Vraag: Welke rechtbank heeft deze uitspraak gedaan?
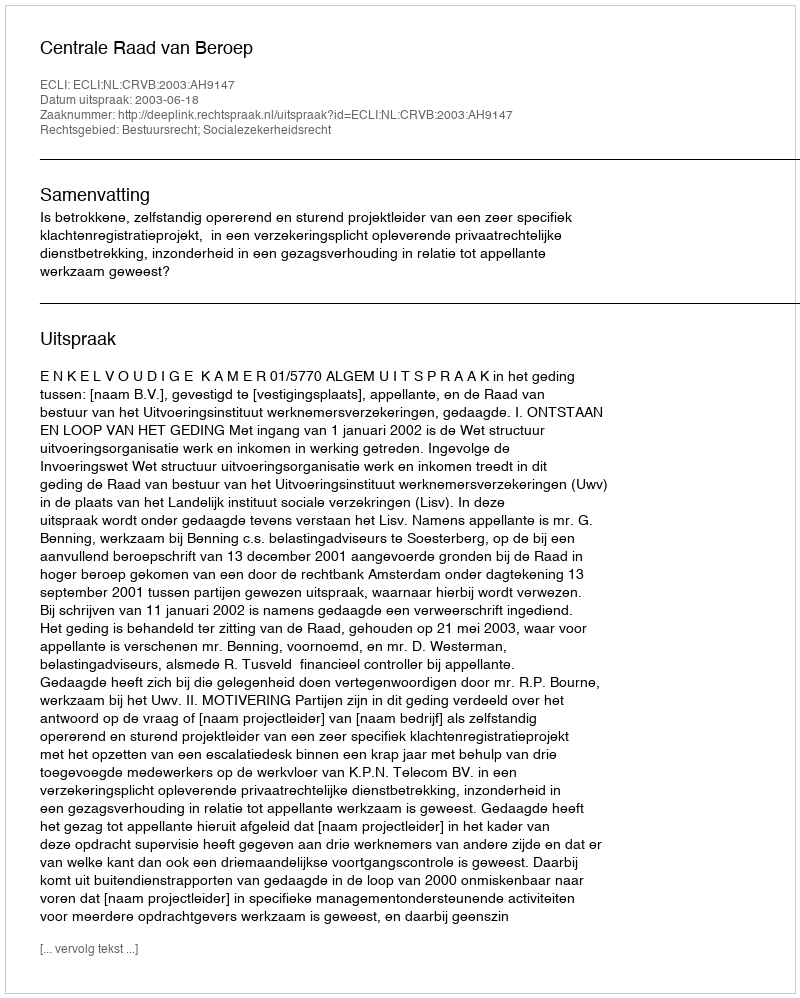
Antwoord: Centrale Raad van Beroep